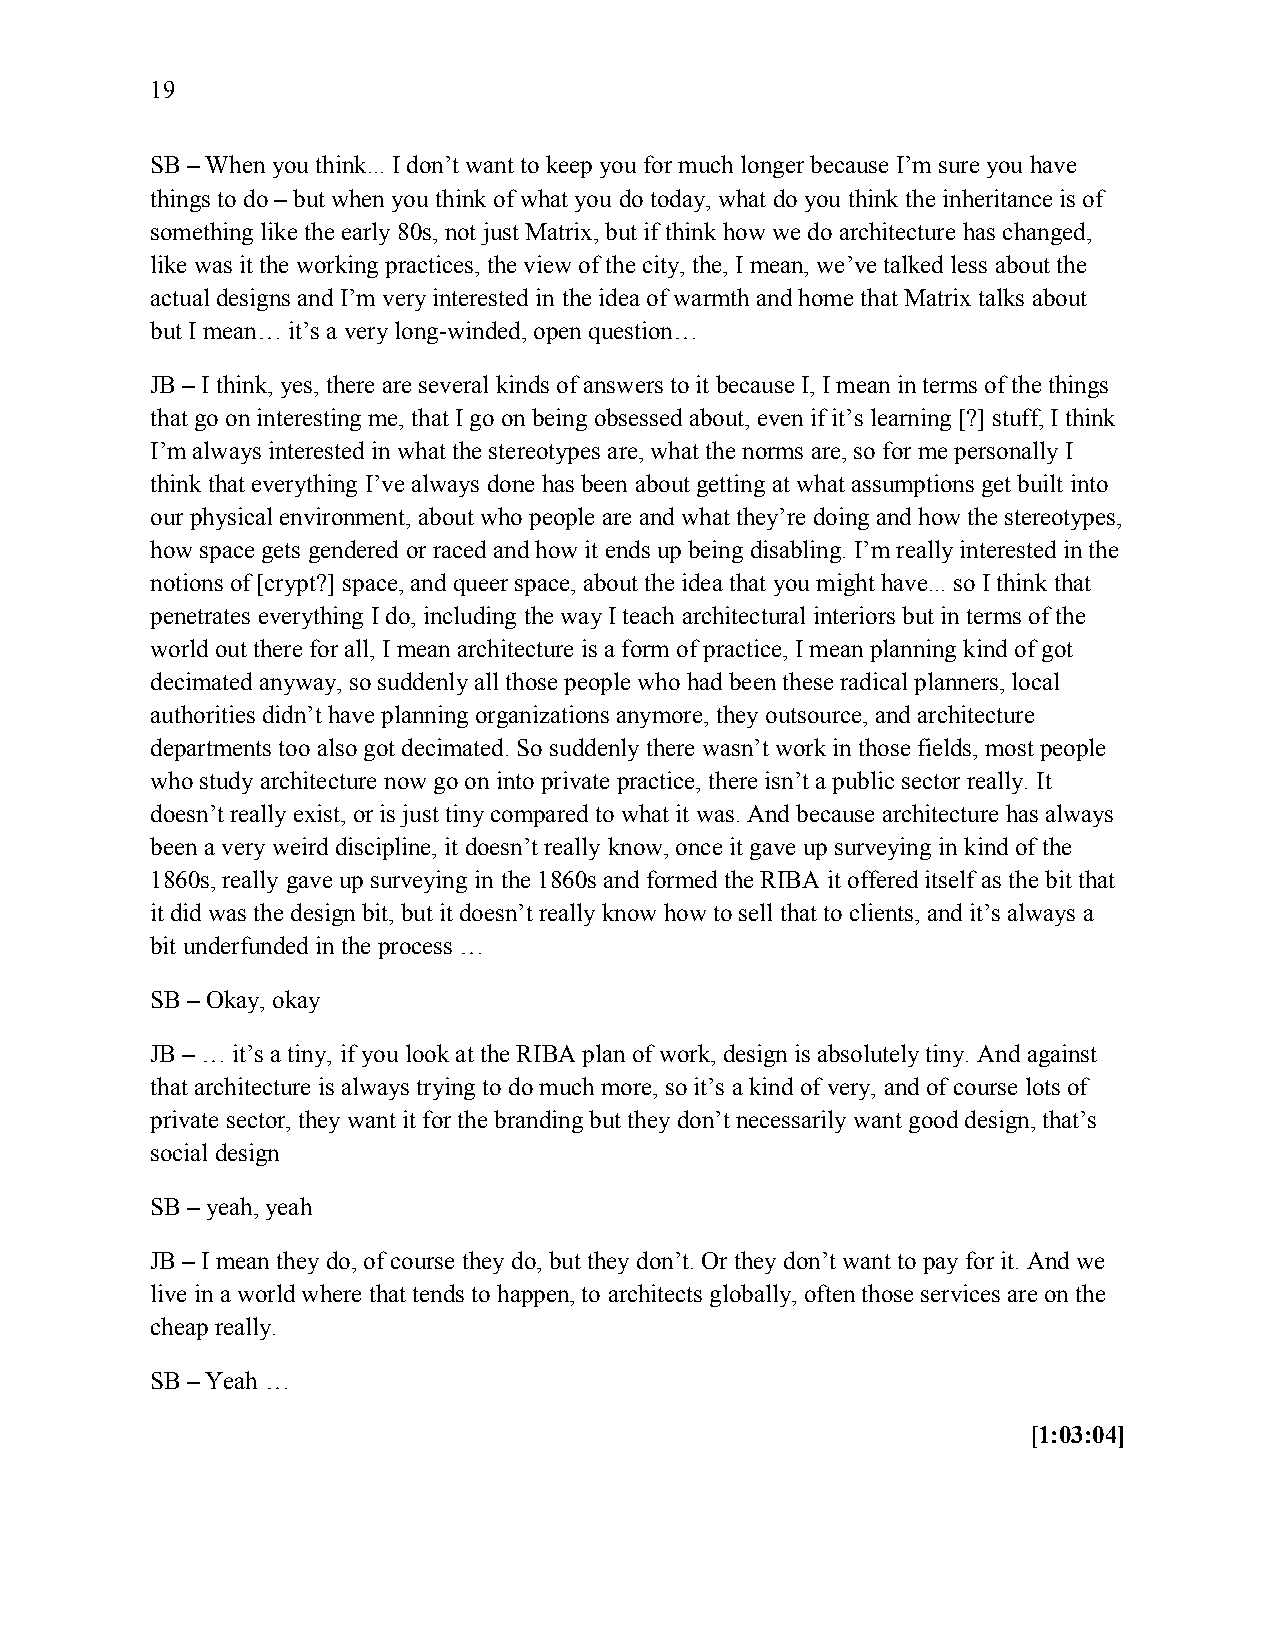
19
 SB – When you think... I don’t want to keep you for much longer because I’m sure you have
 things to do – but when you think of what you do today, what do you think the inheritance is of
 something like the early 80s, not just Matrix, but if think how we do architecture has changed,
 like was it the working practices, the view of the city, the, I mean, we’ve talked less about the
 actual designs and I’m very interested in the idea of warmth and home that Matrix talks about
 but I mean… it’s a very long-winded, open question…
 JB – I think, yes, there are several kinds of answers to it because I, I mean in terms of the things
 that go on interesting me, that I go on being obsessed about, even if it’s learning [?] stuff, I think
 I’m always interested in what the stereotypes are, what the norms are, so for me personally I
 think that everything I’ve always done has been about getting at what assumptions get built into
 our physical environment, about who people are and what they’re doing and how the stereotypes,
 how space gets gendered or raced and how it ends up being disabling. I’m really interested in the
 notions of [crypt?] space, and queer space, about the idea that you might have... so I think that
 penetrates everything I do, including the way I teach architectural interiors but in terms of the
 world out there for all, I mean architecture is a form of practice, I mean planning kind of got
 decimated anyway, so suddenly all those people who had been these radical planners, local
 authorities didn’t have planning organizations anymore, they outsource, and architecture
 departments too also got decimated. So suddenly there wasn’t work in those fields, most people
 who study architecture now go on into private practice, there isn’t a public sector really. It
 doesn’t really exist, or is just tiny compared to what it was. And because architecture has always
 been a very weird discipline, it doesn’t really know, once it gave up surveying in kind of the
 1860s, really gave up surveying in the 1860s and formed the RIBA it offered itself as the bit that
 it did was the design bit, but it doesn’t really know how to sell that to clients, and it’s always a
 bit underfunded in the process …
 SB – Okay, okay
 JB – … it’s a tiny, if you look at the RIBA plan of work, design is absolutely tiny. And against
 that architecture is always trying to do much more, so it’s a kind of very, and of course lots of
 private sector, they want it for the branding but they don’t necessarily want good design, that’s
 social design
 SB – yeah, yeah
 JB – I mean they do, of course they do, but they don’t. Or they don’t want to pay for it. And we
 live in a world where that tends to happen, to architects globally, often those services are on the
 cheap really.
 SB – Yeah …
 [1:03:04]